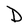
Character: D